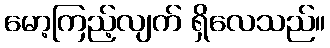
မော့ကြည့်လျက် ရှိလေသည်။